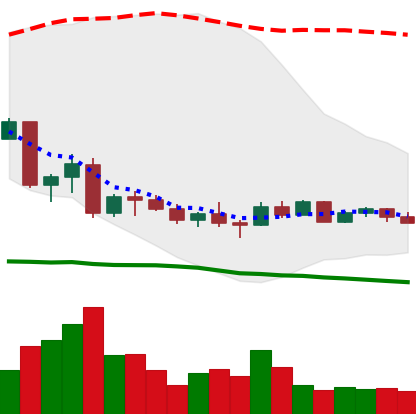
Ticker: EOS-USD
Chart end date: 2022-10-06
Forward return: -9.827%
Label: down_7plus